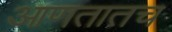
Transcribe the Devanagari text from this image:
आणतातच